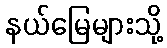
နယ်မြေများသို့